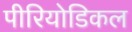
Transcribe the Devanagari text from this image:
पीरियोडिकल